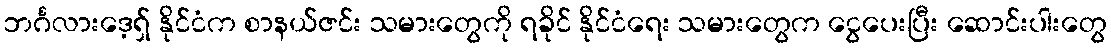
ဘင်္ဂလားဒေ့ရှ် နိုင်ငံက စာနယ်ဇင်း သမားတွေကို ရခိုင် နိုင်ငံရေး သမားတွေက ငွေပေးပြီး ဆောင်းပါးတွေ